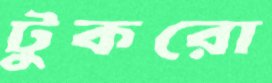
টুকরো